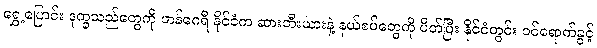
ရွှေ့ပြောင်း ဒုက္ခသည်တွေကို ဟန်ဂေရီ နိုင်ငံက ဆားဘီးယားနဲ့ နယ်စပ်တွေကို ပိတ်ပြီး နိုင်ငံတွင်း ဝင်ရောက်ခွင့်